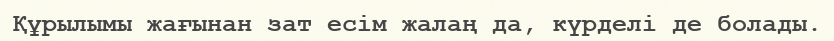
Құрылымы жағынан зат есім жалаң да, күрделі де болады.